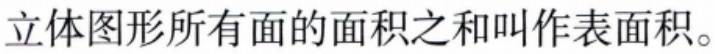
立体图形所有面的面积之和叫作表面积。